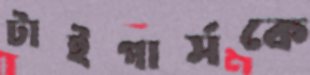
টাইগার্সকে